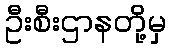
ဦးစီးဌာနတို့မှ